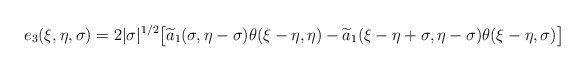
\begin{align*}e_3(\xi, \eta, \sigma) = 2|\sigma|^{1/2}\big[\widetilde{a}_1( \sigma, \eta-\sigma)\theta(\xi-\eta, \eta)- \widetilde{a}_1(\xi-\eta+\sigma, \eta-\sigma) \theta(\xi-\eta,\sigma)\big]\end{align*}